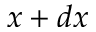
x + d x